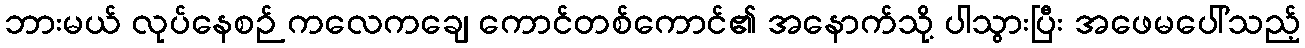
ဘားမယ် လုပ်နေစဉ် ကလေကချေ ကောင်တစ်ကောင်၏ အနောက်သို့ ပါသွားပြီး အဖေမပေါ်သည့်